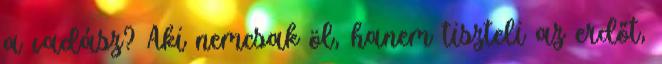
a vadász? Aki nemcsak öl, hanem tiszteli az erdőt,